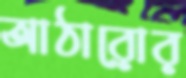
আঠারোর